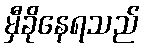
မှီခိုနေရသည်